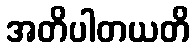
အတိပါတယတိ